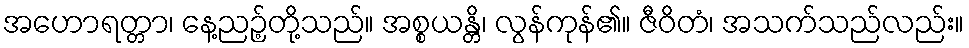
အဟောရတ္တာ၊ နေ့ညဉ့်တို့သည်။ အစ္စယန္တိ၊ လွန်ကုန်၏။ ဇီဝိတံ၊ အသက်သည်လည်း။